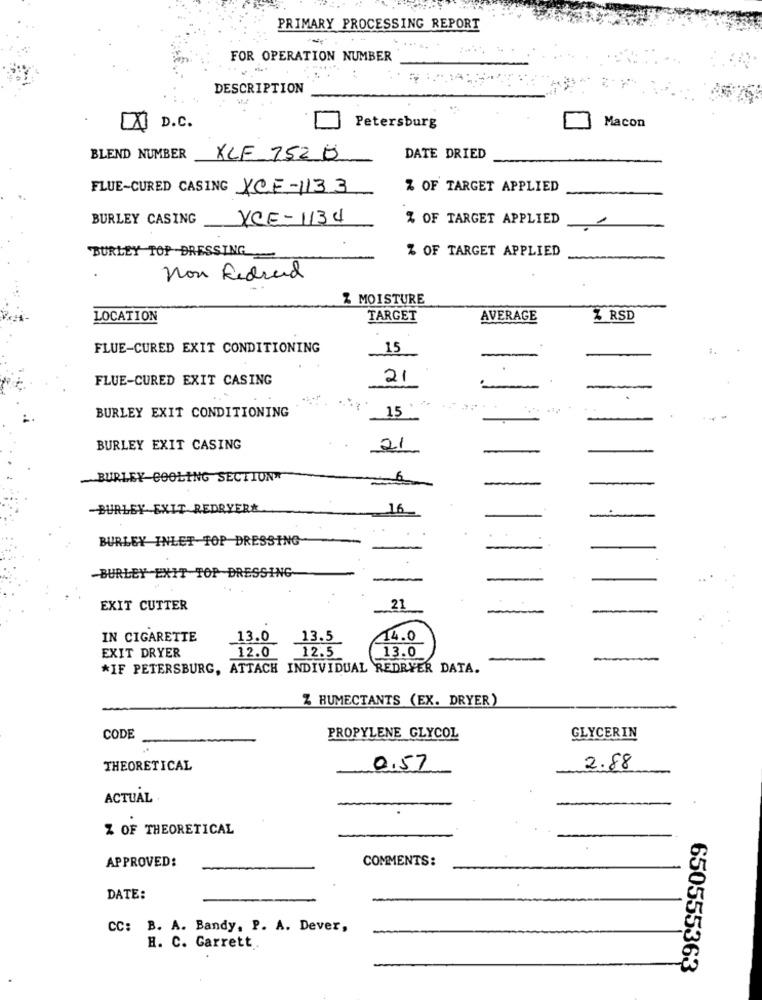
PRIMARY PROCESSING REPORT
FOR OPERATION NUMBER
DESCRIPTION
D.C.
Petersburg
Macon
BLEND NUMBER KLF 152 0
DATE DRIED
FLUE-CURED CASING XCF-1133
% OF TARGET APPLIED
BURLEY CASING
YCE-1134
% OF TARGET APPLIED
BURLEY TOP -DRESSING
% OF TARGET APPLIED
Non Redread
& MOISTURE
LOCATION
TARGET
AVERAGE
% RSD
FLUE-CURED EXIT CONDITIONING
15
FLUE-CURED EXIT CASING
21
-
BURLEY EXIT CONDITIONING
15
BURLEY EXIT CASING
21
BURLEY COOLING SECTION
BURLEY EXIT REDRYER&
16_
..
BURLEY INLET TOP DRESSING
-BURLEY EXIT TOP DRESSING
EXIT CUTTER
.21
IN CIGARETTE
13.0
13.5
14.0
EXIT DRYER
12.0
12.5
13.0
*IF PETERSBURG, ATTACH INDIVIDUAL REDRYER DATA.
Z HUMECTANTS (EX. DRYER)
CODE
PROPYLENE GLYCOL
GLYCERIN
THEORETICAL
0,57
2.88
ACTUAL
Z OF THEORETICAL
APPROVED:
COMMENTS:
DATE:
CC: B. A. Bandy, P. A. Dever,
H. C. Garrett.
650555363